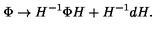
\Phi \rightarrow H ^ { - 1 } \Phi H + H ^ { - 1 } d H .